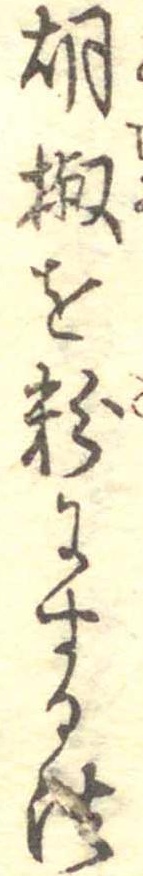
胡椒を粉にする法